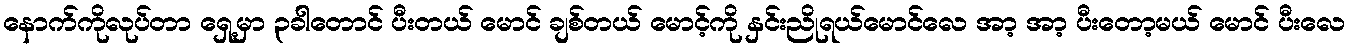
နောက်ကိုလုပ်တာ ရှေ့မှာ ၃ခါတောင် ပီးတယ် မောင် ချစ်တယ် မောင့်ကို နှင်းညိုရယ်မောင်လေ အာ့ အာ့ ပီးတော့မယ် မောင် ပီးလေ